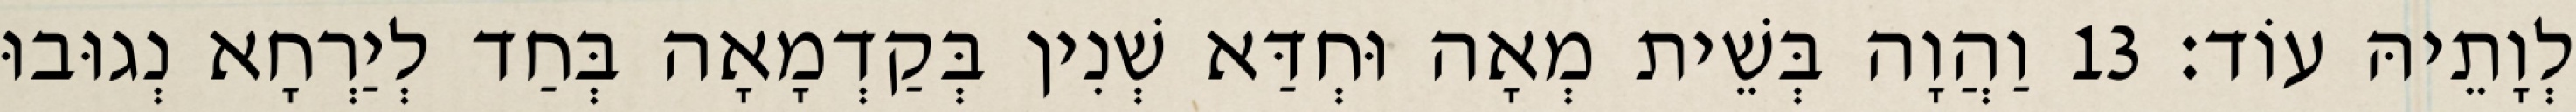
לְוָתֵיהּ עוֹד׃ 13 וַהֲוָה בְּשֵׁית מְאָה וּחְדַּא שְׁנִין בְּקַדְמָאָה בְּחַד לְיַרְחָא נְגוּבוּ